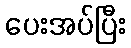
ပေးအပ်ပြီး